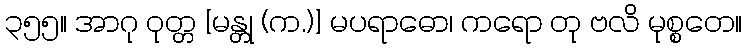
၃၅၅။ အာဂု ဝုတ္တ [မန္တု (က.)] မပရာဓော၊ ကရော တု ဗလိ မုစ္စတေ။